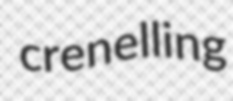
crenelling